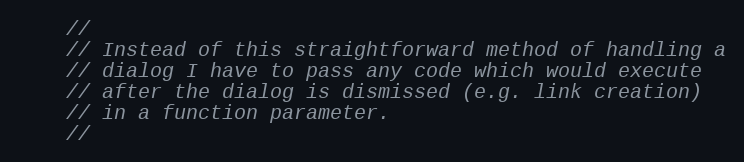
Language: JavaScript
    //
    // Instead of this straightforward method of handling a
    // dialog I have to pass any code which would execute
    // after the dialog is dismissed (e.g. link creation)
    // in a function parameter.
    //